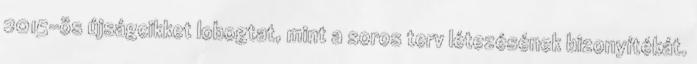
2015-ös újságcikket lobogtat, mint a soros terv létezésének bizonyítékát.